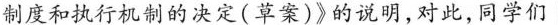
制度和执行机制的决定(草案)》的说明,对此,同学们